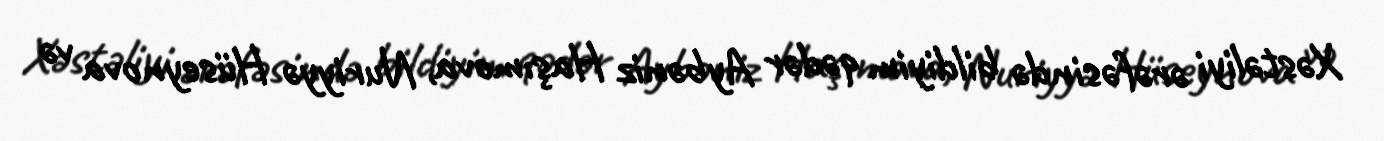
Xəstəliyi ərəfəsində bildiyim qədər Aybəniz Haşımova, Nuriyyə Hüseynova və